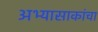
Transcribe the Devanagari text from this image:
अभ्यासाकांचा